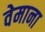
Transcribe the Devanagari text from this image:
वेमाना